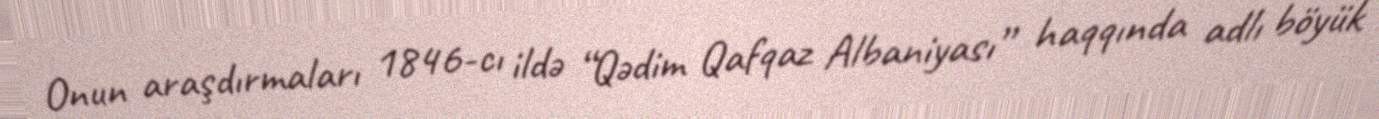
Onun araşdırmaları 1846-cı ildə “Qədim Qafqaz Albaniyası” haqqında adlı böyük